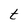
Character: t